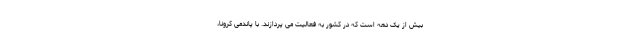
بیش از یک دهه است که در کشور به فعالیت می پردازند. با پاندمی کرونا،